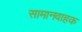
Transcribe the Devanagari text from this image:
सामानवाहक